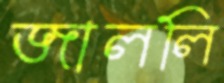
জাললি